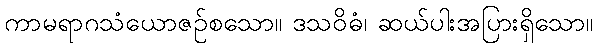
ကာမရာဂသံယောဇဉ်စသော။ ဒသဝိဓံ၊ ဆယ်ပါးအပြားရှိသော။